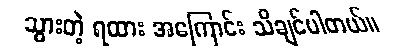
သွားတဲ့ ရထား အကြောင်း သိချင်ပါတယ်။